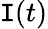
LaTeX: \mathtt{I}(t)